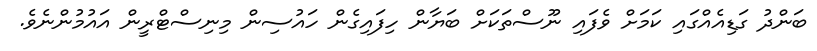
ބަންދު ގަޑިއެއްގައި ކަމަށް ވެފައި ނޫސްތަކަށް ބަޔާން ހިފައިގެން ހައުސިން މިނިސްޓްރީން އައުމުންނެވެ.